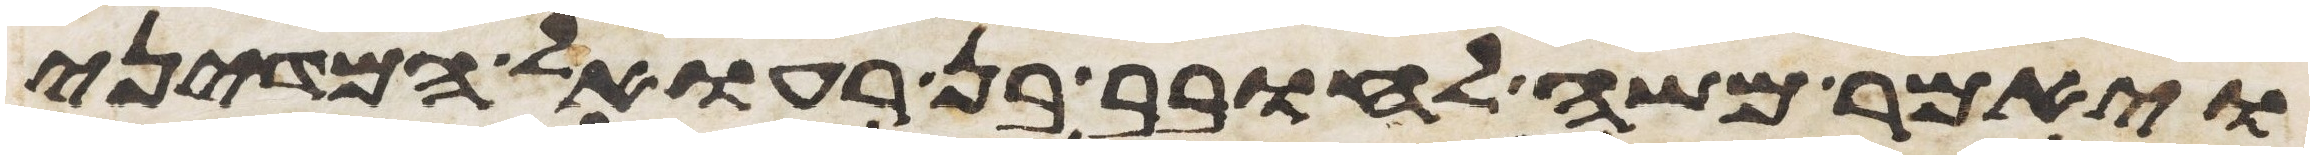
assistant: ויאמר משה לחובב בן רעואל המדיני